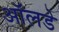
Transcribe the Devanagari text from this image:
ऑलडे